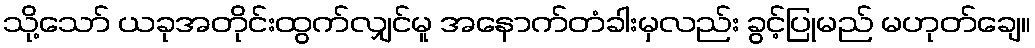
သို့သော် ယခုအတိုင်းထွက်လျှင်မူ အနောက်တံခါးမှလည်း ခွင့်ပြုမည် မဟုတ်ချေ။